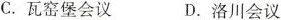
C.瓦窑堡会议 D.洛川会议